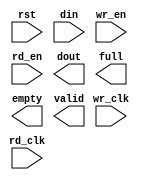
module fifo_ec_comm(
	rst,
	wr_clk,
	rd_clk,
	din,
	wr_en,
	rd_en,
	dout,
	full,
	empty,
	valid);


input rst;
input wr_clk;
input rd_clk;
input [31 : 0] din;
input wr_en;
input rd_en;
output [31 : 0] dout;
output full;
output empty;
output valid;

// synthesis translate_off

      FIFO_GENERATOR_V5_3 #(
		.C_COMMON_CLOCK(0),
		.C_COUNT_TYPE(0),
		.C_DATA_COUNT_WIDTH(10),
		.C_DEFAULT_VALUE("BlankString"),
		.C_DIN_WIDTH(32),
		.C_DOUT_RST_VAL("0"),
		.C_DOUT_WIDTH(32),
		.C_ENABLE_RLOCS(0),
		.C_ENABLE_RST_SYNC(1),
		.C_ERROR_INJECTION_TYPE(0),
		.C_FAMILY("virtex5"),
		.C_FULL_FLAGS_RST_VAL(0),
		.C_HAS_ALMOST_EMPTY(0),
		.C_HAS_ALMOST_FULL(0),
		.C_HAS_BACKUP(0),
		.C_HAS_DATA_COUNT(0),
		.C_HAS_INT_CLK(0),
		.C_HAS_MEMINIT_FILE(0),
		.C_HAS_OVERFLOW(0),
		.C_HAS_RD_DATA_COUNT(0),
		.C_HAS_RD_RST(0),
		.C_HAS_RST(1),
		.C_HAS_SRST(0),
		.C_HAS_UNDERFLOW(0),
		.C_HAS_VALID(1),
		.C_HAS_WR_ACK(0),
		.C_HAS_WR_DATA_COUNT(0),
		.C_HAS_WR_RST(0),
		.C_IMPLEMENTATION_TYPE(2),
		.C_INIT_WR_PNTR_VAL(0),
		.C_MEMORY_TYPE(1),
		.C_MIF_FILE_NAME("BlankString"),
		.C_MSGON_VAL(0),
		.C_OPTIMIZATION_MODE(0),
		.C_OVERFLOW_LOW(0),
		.C_PRELOAD_LATENCY(0),
		.C_PRELOAD_REGS(1),
		.C_PRIM_FIFO_TYPE("1kx36"),
		.C_PROG_EMPTY_THRESH_ASSERT_VAL(4),
		.C_PROG_EMPTY_THRESH_NEGATE_VAL(5),
		.C_PROG_EMPTY_TYPE(0),
		.C_PROG_FULL_THRESH_ASSERT_VAL(1023),
		.C_PROG_FULL_THRESH_NEGATE_VAL(1022),
		.C_PROG_FULL_TYPE(0),
		.C_RD_DATA_COUNT_WIDTH(10),
		.C_RD_DEPTH(1024),
		.C_RD_FREQ(1),
		.C_RD_PNTR_WIDTH(10),
		.C_UNDERFLOW_LOW(0),
		.C_USE_DOUT_RST(1),
		.C_USE_ECC(0),
		.C_USE_EMBEDDED_REG(1),
		.C_USE_FIFO16_FLAGS(0),
		.C_USE_FWFT_DATA_COUNT(0),
		.C_VALID_LOW(0),
		.C_WR_ACK_LOW(0),
		.C_WR_DATA_COUNT_WIDTH(10),
		.C_WR_DEPTH(1024),
		.C_WR_FREQ(1),
		.C_WR_PNTR_WIDTH(10),
		.C_WR_RESPONSE_LATENCY(1))
	inst (
		.RST(rst),
		.WR_CLK(wr_clk),
		.RD_CLK(rd_clk),
		.DIN(din),
		.WR_EN(wr_en),
		.RD_EN(rd_en),
		.DOUT(dout),
		.FULL(full),
		.EMPTY(empty),
		.VALID(valid),
		.BACKUP(),
		.BACKUP_MARKER(),
		.CLK(),
		.SRST(),
		.WR_RST(),
		.RD_RST(),
		.PROG_EMPTY_THRESH(),
		.PROG_EMPTY_THRESH_ASSERT(),
		.PROG_EMPTY_THRESH_NEGATE(),
		.PROG_FULL_THRESH(),
		.PROG_FULL_THRESH_ASSERT(),
		.PROG_FULL_THRESH_NEGATE(),
		.INT_CLK(),
		.INJECTDBITERR(),
		.INJECTSBITERR(),
		.ALMOST_FULL(),
		.WR_ACK(),
		.OVERFLOW(),
		.ALMOST_EMPTY(),
		.UNDERFLOW(),
		.DATA_COUNT(),
		.RD_DATA_COUNT(),
		.WR_DATA_COUNT(),
		.PROG_FULL(),
		.PROG_EMPTY(),
		.SBITERR(),
		.DBITERR());


// synthesis translate_on

// XST black box declaration
// box_type "black_box"
// synthesis attribute box_type of fifo_ec_comm is "black_box"

endmodule